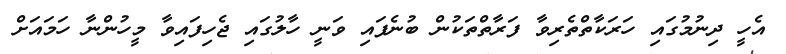
އެހީ ދިނުމުގައި ހަރަކާތްތެރިވާ ފަރާތްތަކުން ބުނެފައި ވަނީ ހާލުގައި ޖެހިފައިވާ މީހުންނާ ހަމައަށް